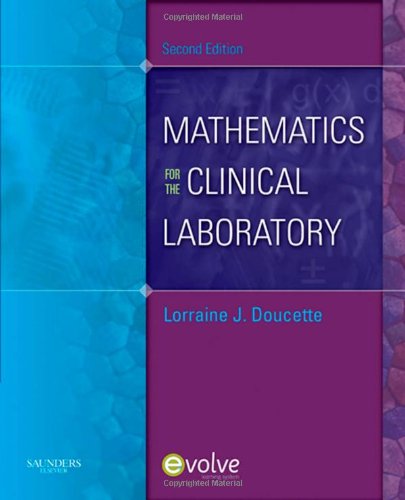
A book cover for Mathematics for the Clinical Laboratory, 2e; Lorraine J. Doucette MS  MT(ASCP)  CLS(NCA); Medical Books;